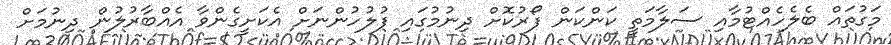
މަގުތައް ބެލެހެއްޓުމާއި ސަލާމަތީ ކަންކަން ފޯރުކޮށް ދިނުމުގައި ފުލުހުންނަށް އެކަށީގެންވާ އެއްބާރުލުން ދިނުމަށް